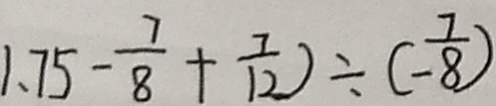
1 . 7 5 - \frac { 7 } { 8 } + \frac { 7 } { 1 2 } ) \div ( - \frac { 7 } { 8 } )